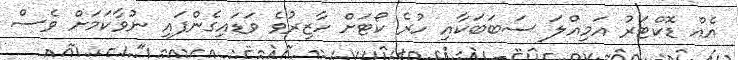
އެއް ޑޮކްޓަރު އަމިއްލަ ސަބަބަކާއި ހުރެ ކޯޓަށް ހާޒިރުވެ ވަޑައިގެންފައި ނުވާކަމަށް ވެސް